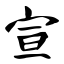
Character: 宣